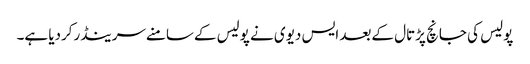
پولیس کی جانچ پڑتال کےبعد ایس دیوی نے پولیس کےسامنےسرینڈرکردیا ہے۔